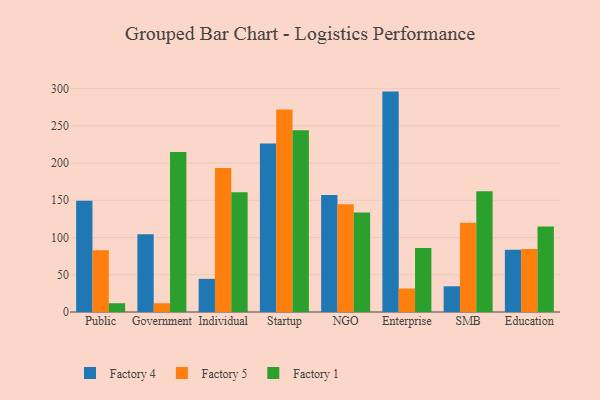
{"axis": {"x": "Segment", "y": "Headcount"}, "legend": ["Factory 1", "Factory 4", "Factory 5"], "data": [{"x": "Public", "y": 149.2, "type": "Factory 4"}, {"x": "Public", "y": 82.9, "type": "Factory 5"}, {"x": "Public", "y": 11.8, "type": "Factory 1"}, {"x": "Government", "y": 104.4, "type": "Factory 4"}, {"x": "Government", "y": 11.8, "type": "Factory 5"}, {"x": "Government", "y": 214.7, "type": "Factory 1"}, {"x": "Individual", "y": 44.5, "type": "Factory 4"}, {"x": "Individual", "y": 193.2, "type": "Factory 5"}, {"x": "Individual", "y": 160.7, "type": "Factory 1"}, {"x": "Startup", "y": 226.3, "type": "Factory 4"}, {"x": "Startup", "y": 271.8, "type": "Factory 5"}, {"x": "Startup", "y": 243.9, "type": "Factory 1"}, {"x": "NGO", "y": 157.0, "type": "Factory 4"}, {"x": "NGO", "y": 144.7, "type": "Factory 5"}, {"x": "NGO", "y": 133.7, "type": "Factory 1"}, {"x": "Enterprise", "y": 295.9, "type": "Factory 4"}, {"x": "Enterprise", "y": 31.5, "type": "Factory 5"}, {"x": "Enterprise", "y": 85.9, "type": "Factory 1"}, {"x": "SMB", "y": 34.5, "type": "Factory 4"}, {"x": "SMB", "y": 119.9, "type": "Factory 5"}, {"x": "SMB", "y": 162.1, "type": "Factory 1"}, {"x": "Education", "y": 83.6, "type": "Factory 4"}, {"x": "Education", "y": 84.5, "type": "Factory 5"}, {"x": "Education", "y": 114.9, "type": "Factory 1"}]}